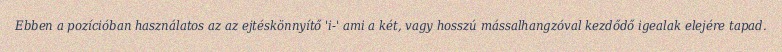
Ebben a pozícióban használatos az az ejtéskönnyítő 'i-' ami a két, vagy hosszú mássalhangzóval kezdődő igealak elejére tapad.